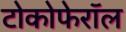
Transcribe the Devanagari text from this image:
टोकोफेरॉल